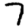
Digit: 7